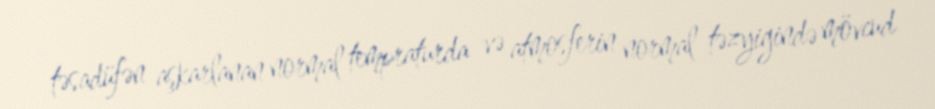
təsadüfən aşkarlanan normal tempraturda və atmosferin normal təzyigində mövcud